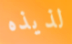
لذيذه